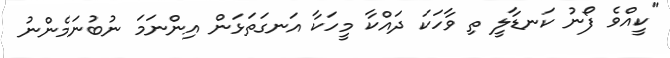
"ކީއްވެ ފޯނު ކަނޑާލީ ތި ވާހަކަ ދައްކާ މީހަކާ އަނގަތަޅަން އިންނަމަ ނުބުނަމެންނު